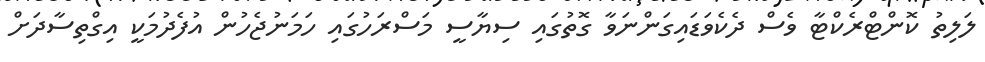
ލަލިތު ކޮންޓްރެކްޓާ ވެސް ދެކެވަޑައިގަންނަވާ ގޮތުގައި ސިޔާސީ މަސްރަހުގައި ހަމަނުޖެހުން އުފެދުމަކީ އިގްތިސާދަށް